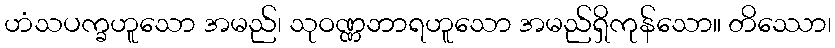
ဟံသပက္ခဟူသော အမည်၊ သုဝဏ္ဏဘာရဟူသော အမည်ရှိကုန်သော။ တိဿော၊